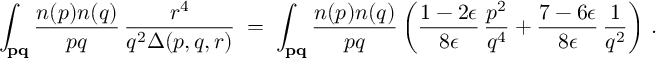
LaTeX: \int _ { \bf p q } { \frac { n ( p ) n ( q ) } { p q } } \, { \frac { r ^ { 4 } } { q ^ { 2 } \Delta ( p , q , r ) } } \; = \; \int _ { \bf p q } { \frac { n ( p ) n ( q ) } { p q } } \left( { \frac { 1 - 2 \epsilon } { 8 \epsilon } } \, { \frac { p ^ { 2 } } { q ^ { 4 } } } + { \frac { 7 - 6 \epsilon } { 8 \epsilon } } \, { \frac { 1 } { q ^ { 2 } } } \right) \, .